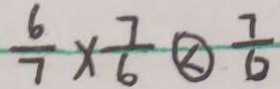
\frac { 6 } { 7 } \times \frac { 7 } { 6 } \textcircled { < } \frac { 7 } { 6 }